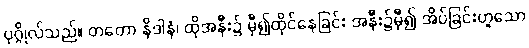
ပုဂ္ဂိုလ်သည်။ တတော နိဒါနံ၊ ထိုအနီး၌ မှီ၍ထိုင်နေခြင်း အနီး၌မှီ၍ အိပ်ခြင်းဟူသော